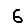
Digit: 6